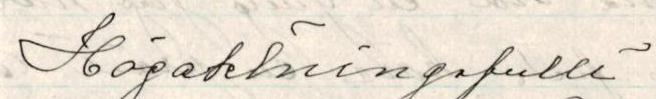
Högaktningsfullt